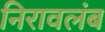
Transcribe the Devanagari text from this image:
निरावलंब